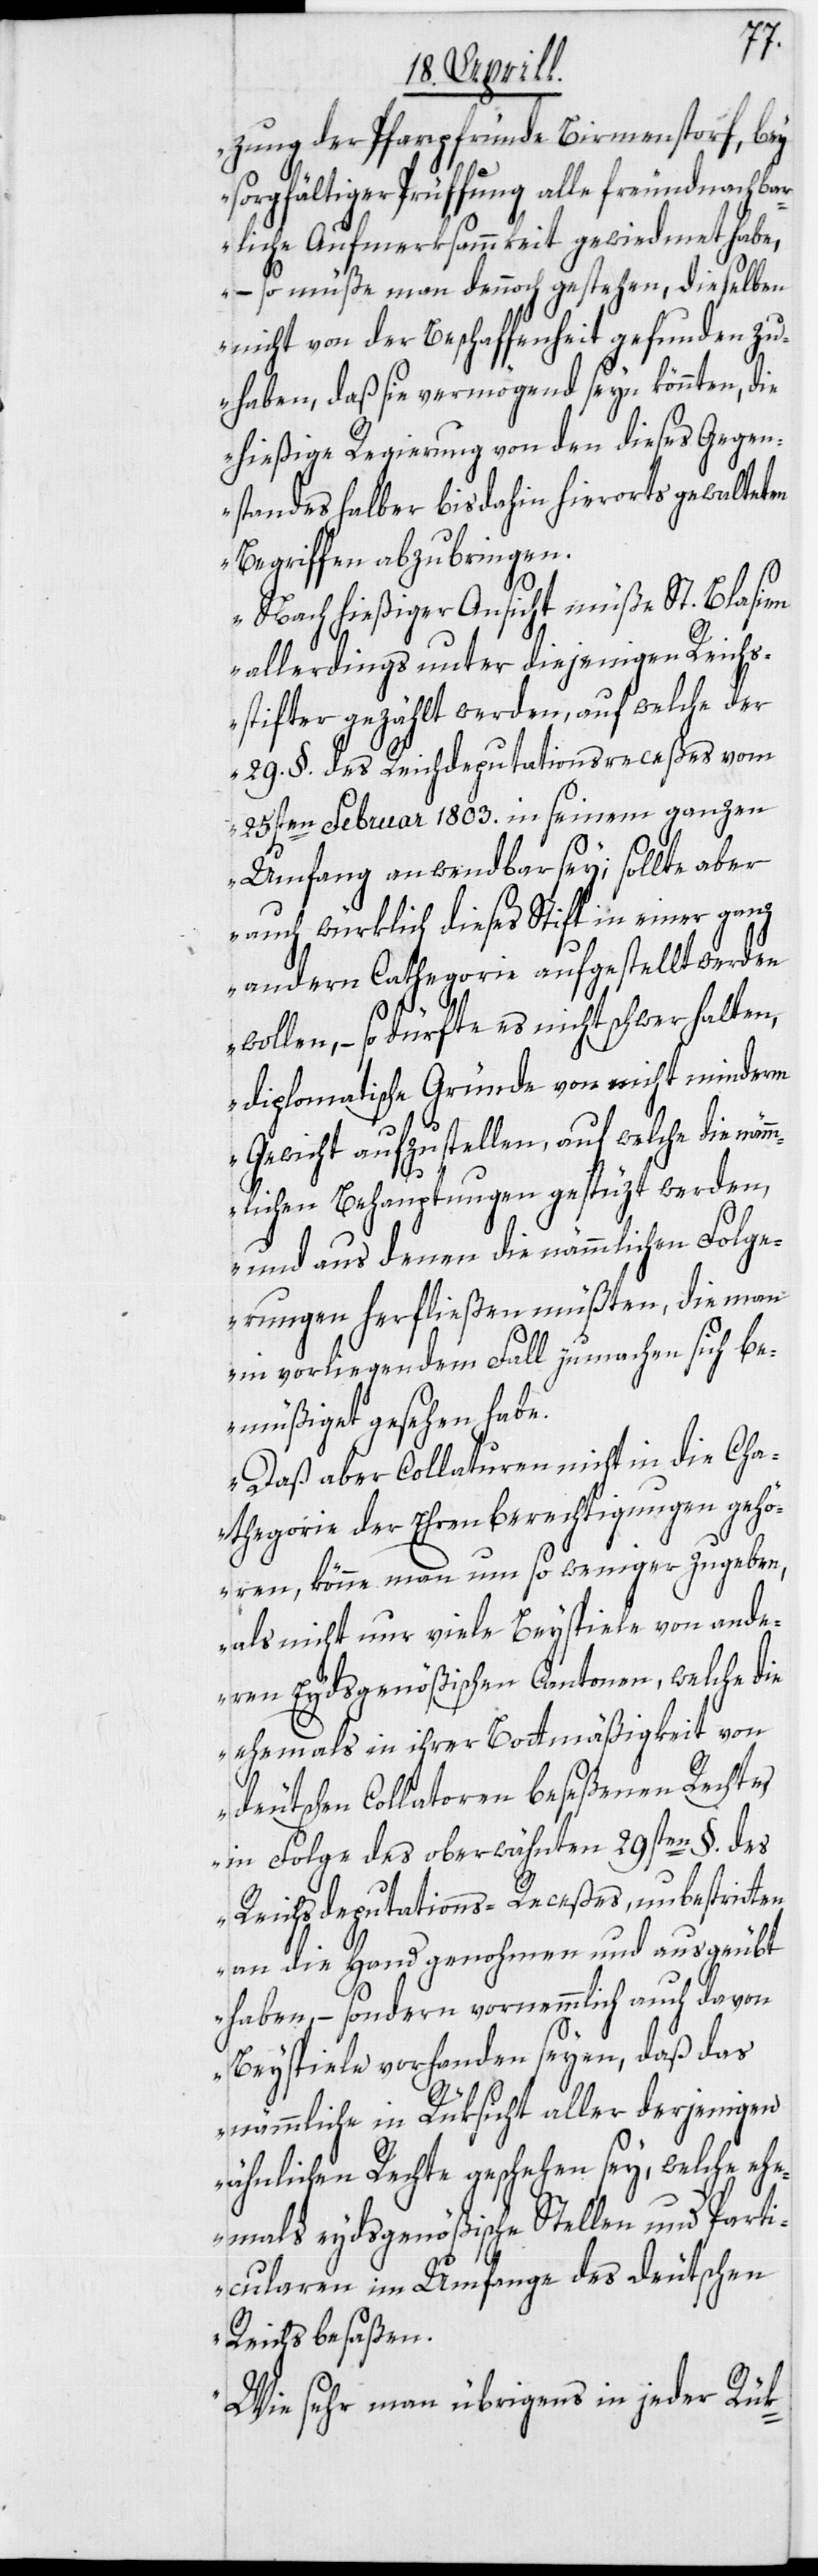
zung der Pfarrpfründe Birmenstorf, bey
sorgfältiger Prüffung alle freundnachbar¬
liche Aufmerksammkeit gewiedmet habe,
– so müße man dennoch gestehen, dieselben
nicht von der Beschaffenheit gefunden zu
haben, daß sie vermögend seyn könnten, die
hießige Regierung von den dieses Gegen¬
standes halber bisdahin hierorts gewalteten
Begriffen abzubringen.
Nach hießiger Ansicht müße St. Blasien
allerdings unter diejenigen Reichs¬
stifter gezählt werden, auf welche der
29. §. des Reichsdeputationsreceßes vom
25sten Februar 1803. in seinem ganzen
Umfang anwendbar sey; sollte aber
auch würklich dieses Stift in einer ganz
andern Cathegorie aufgestellt werden
wollen, – so dürfte es nicht schwer halten,
diplomatische Gründe von nicht minderm
Gewicht aufzustellen, auf welche die näm¬
mlichen Behauptungen gestüzt werden,
und aus denen die nämmlichen Folge¬
rungen herfließen müßten, die man
in vorliegendem Fall zu machen sich be¬
müßiget gesehen habe.
Daß aber Collaturen nicht in die Cha¬
thegorie der Ehrenberechtigungen gehö¬
ren, könne man um so weniger zugeben,
als nicht nur viele Beyspiele von ande¬
ren Eydsgenößischen Cantonen, welche die
ehemals in ihrer Bottmäßigkeit von
deutschen Collatoren beseßenen Rechte,
in Folge des oberwähnten 29sten §. des
Reichsdeputations-Receßes, unbestritten
an die Hand genohmen und ausgeübt
haben, – sondern vornemmlich auch davon
Beyspiele vorhanden seyen, daß das
nämmliche in Rüksicht aller derjenigen
ähnlichen Rechte geschehen sey, welche ehe¬
mals eydsgenößische Stellen und Parti¬
cularen im Umfange des deutschen
Reichs besaßen.
Wie sehr man übrigens in jeder Rük-